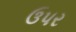
ઉપર